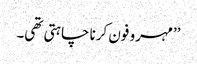
’’مہرو فون کرنا چاہتی تھی۔